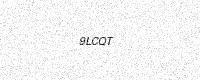
Text: 9LCQT